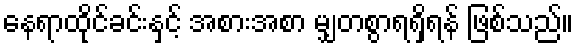
နေရာထိုင်ခင်းနှင့် အစားအစာ မျှတစွာရရှိရန် ဖြစ်သည်။